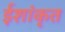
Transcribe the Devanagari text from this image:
ईशांकृत